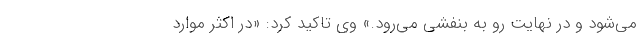
می‌شود و در نهایت رو به بنفشی می‌رود.» وی تاکید کرد: «در اکثر موارد